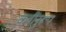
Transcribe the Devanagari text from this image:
कवींनुरूप